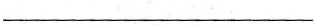
___